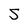
Character: 5